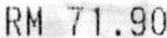
RM 71.90